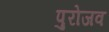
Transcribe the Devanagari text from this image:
पुरोजव